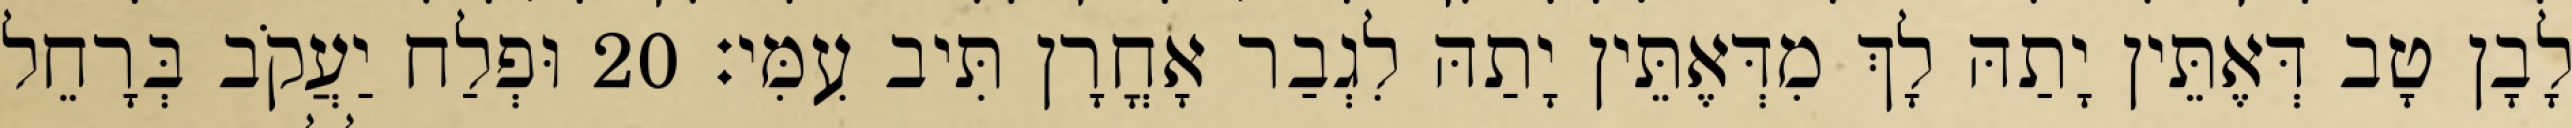
לָבָן טָב דְּאֶתֵּין יָתַהּ לָךְ מִדְּאֶתֵּין יָתַהּ לִגְבַר אָחֳרָן תִּיב עִמִּי׃ 20 וּפְלַח יַעֲקֹב בְּרָחֵל